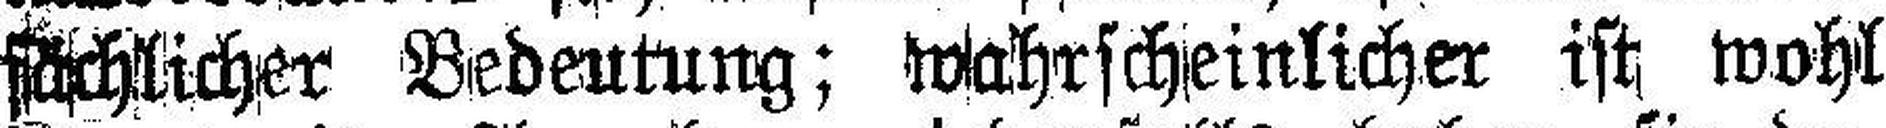
sächlicher Bedeutung; wahrscheinlicher ist wohl